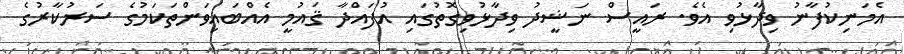
އެމަނިކުފާނު ވިދާޅުވި އެވެ. ރައީސް ނަޝީދު ވިދާޅުވިގޮތުގައި އުފައްދާ ޤައުމީ އެއްބައިވަންތަކަމުގެ ސަރުކާރުގެ